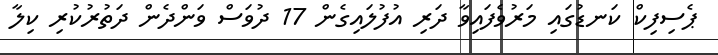
ޕެސިފިކް ކަނޑުގައި މަރުވެފައިވާ ދަރި އުފުލައިގެން 17 ދުވަސް ވަންދެން ދަތުރުކުރި ކިލާ